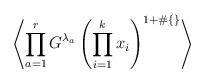
LaTeX: \begin{align*}\left<\prod_{a=1}^r G^{\lambda_a}\left(\prod_{i=1}^k x_i\right)^{1+\#\{\}}\right>\end{align*}